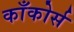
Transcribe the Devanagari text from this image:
काँकोर्स